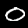
Label: 0